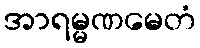
အာရမ္မဏမေတံ